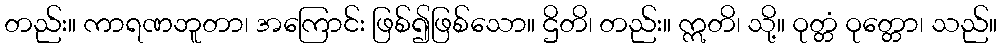
တည်း။ ကာရဏဘူတာ၊ အကြောင်း ဖြစ်၍ဖြစ်သော။ ဌိတိ၊ တည်း။ ဣတိ၊ သို့။ ဝုတ္တံ ဝုတ္တော၊ သည်။